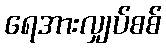
ရေအားလျှပ်စစ်